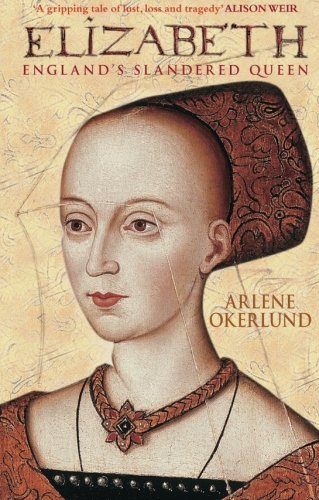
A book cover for Elizabeth: England's Slandered Queen (England's Forgotten Queens); Arlene Okerlund; Biographies & Memoirs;